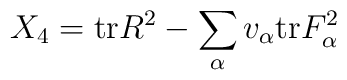
X_4 = {\rm tr} R^2 - \sum_{\alpha} v_{\alpha}  {\rm  tr} F_{\alpha}^2